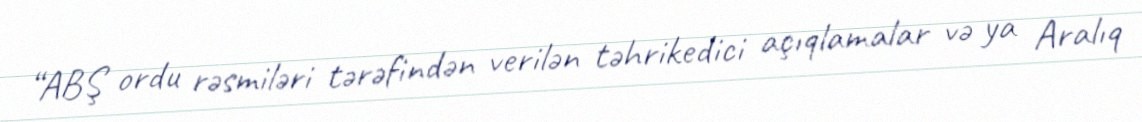
“ABŞ ordu rəsmiləri tərəfindən verilən təhrikedici açıqlamalar və ya Aralıq